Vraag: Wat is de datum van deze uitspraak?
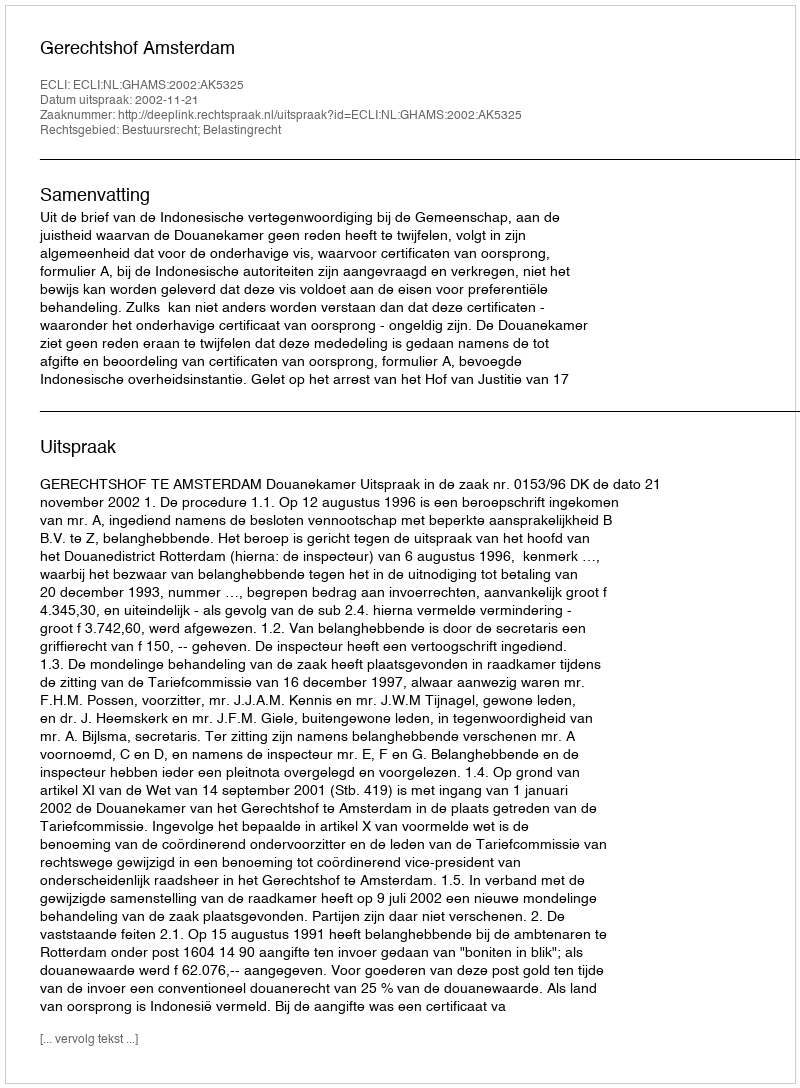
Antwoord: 2002-11-21